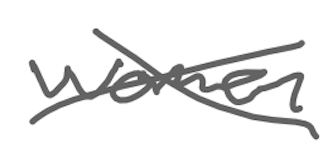
Text: women
Cross-out: cross
Writing tool: digital_gray